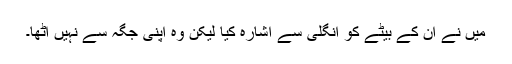
میں نے ان کے بیٹے کو انگلی سے اشارہ کیا لیکن وہ اپنی جگہ سے نہیں اٹھا۔